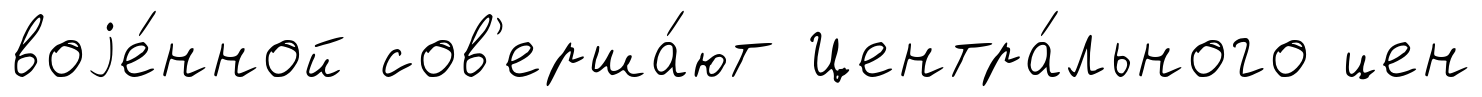
воjе́нной сов'ерша́ют Центра́льного цен